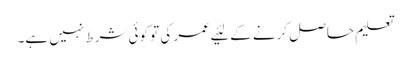
تعلیم حاصل کرنے کے لئیے عمر کی تو کوئی شرط نہیں ہے۔